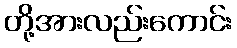
တို့အားလည်းကောင်း